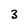
Character: 3